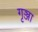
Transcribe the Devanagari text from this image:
गृञ्जा